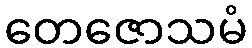
တေဇောသမံ